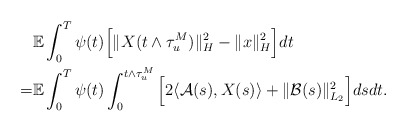
\begin{align*}& \mathbb{E} \int_0^T \psi(t) \Big[ \Vert X (t\wedge\tau_u^M) \Vert_H^2 - \Vert x \Vert_H^2 \Big] dt \\= & \mathbb{E} \int_0^T \psi(t) \int_0^{t\wedge\tau_{u}^M} \Big[ 2\langle \mathcal{A}(s), X(s)\rangle + \Vert \mathcal{B}(s) \Vert_{L_2}^2 \Big] ds dt .\end{align*}